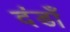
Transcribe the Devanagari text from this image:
दंडाँ